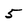
Character: 5